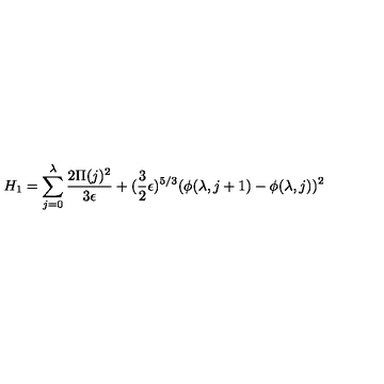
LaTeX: H _ { 1 } = \sum _ { j = 0 } ^ { \lambda } { \frac { 2 \Pi ( j ) ^ { 2 } } { 3 \epsilon } } + ( { \frac { 3 } { 2 } } \epsilon ) ^ { 5 / 3 } ( \phi ( \lambda , j + 1 ) - \phi ( \lambda , j ) ) ^ { 2 }